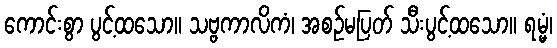
ကောင်းစွာ ပွင့်ထသော။ သဗ္ဗကာလိကံ၊ အစဉ်မပြတ် သီးပွင့်ထသော။ ရမ္မံ၊